Indian journal of veterinary science and animal husbandry - Volume 12,
Year: 1942
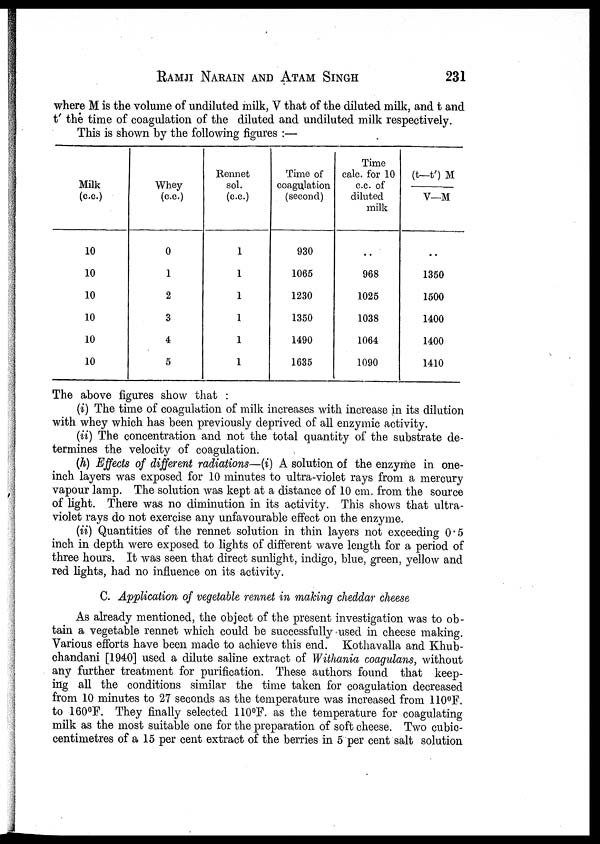
RAMJI NARAIN AND ATAM SINGH 231
where M is the volume of undiluted milk, V that of the diluted milk, and t and
t' the time of coagulation of the diluted and undiluted milk respectively.
This is shown by the following figures :—
Milk
(c.c.)
10
10
10
10
10
10
Whey
(c.c.)
0
1
2
3
4
5
Rennet
sol.
(c.c.)
1
1
1
1
1
1
Time of
coagulation
(second)
930
1065
1230
1350
1490
1635
Time
calc. for 10
c.c. of
diluted
milk
. .
968
1025
1038
1064
1090
(t—t') M/
V—M
..
1350
1500
1400
1400
1410
The above figures show that :
(i) The time of coagulation of milk increases with increase in its dilution
with whey which has been previously deprived of all enzymic activity.
(ii) The concentration and not the total quantity of the substrate de-
termines the velocity of coagulation.
(h) Effects of different radiations—(i) A solution of the enzyme in one-
inch layers was exposed for 10 minutes to ultra-violet rays from a mercury
vapour lamp. The solution was kept at a distance of 10 cm. from the source
of light. There was no diminution in its activity. This shows that ultra-
violet rays do not exercise any unfavourable effect on the enzyme.
(ii) Quantities of the rennet solution in thin layers not exceeding 0.5
inch in depth were exposed to lights of different wave length for a period of
three hours. It was seen that direct sunlight, indigo, blue, green, yellow and
red lights, had no influence on its activity.
C. Application of vegetable rennet in making cheddar cheese
As already mentioned, the object of the present investigation was to ob-
tain a vegetable rennet which could be successfully used in cheese making.
Various efforts have been made to achieve this end. Kothavalla and Khub¬
chandani [1940] used a dilute saline extract of Withania coagulans, without
any further treatment for purification. These authors found that keep-
ing all the conditions similar the time taken for coagulation decreased
from 10 minutes to 27 seconds as the temperature was increased from 110°F.
to 160°F. They finally selected 110°F. as the temperature for coagulating
milk as the most suitable one for the preparation of soft cheese. Two cubic¬
centimetres of a 15 per cent extract of the berries in 5 per cent salt solution